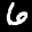
Label: 6